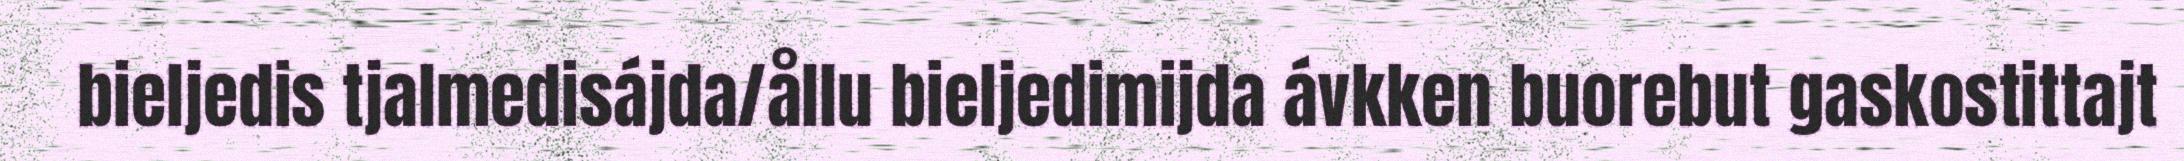
bieljedis tjalmedisájda/ållu bieljedimijda ávkken buorebut gaskostittajt